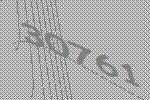
30761